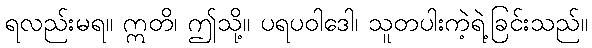
ရလည်းမရ။ ဣတိ၊ ဤသို့။ ပရပဝါဒေါ၊ သူတပါးကဲ့ရဲ့ခြင်းသည်။